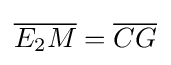
{\overline {E_{2}M}}={\overline {CG}}